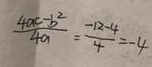
\frac { 4 a c - b ^ { 2 } } { 4 a } = \frac { - 1 2 - 4 } { 4 } = - 4